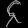
Digit: ၄